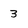
Character: 3